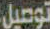
توصيل